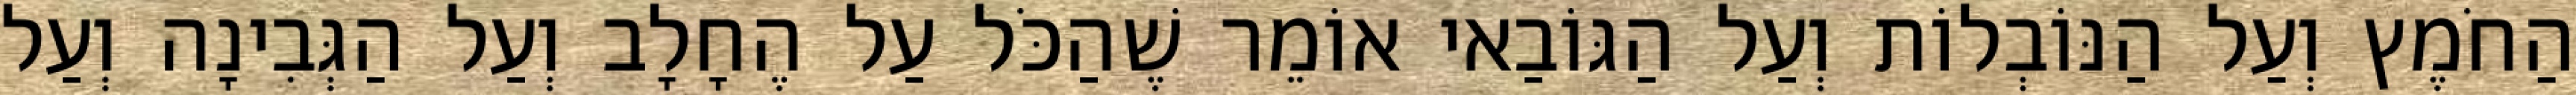
הַחֹמֶץ וְעַל הַנּוֹבְלוֹת וְעַל הַגּוֹבַאי אוֹמֵר שֶׁהַכֹּל עַל הֶחָלָב וְעַל הַגְּבִינָה וְעַל